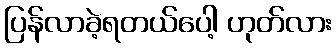
ပြန်လာခဲ့ရတယ်ပေါ့ ဟုတ်လား